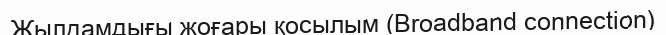
Жылдамдығы жоғары қосылым (Broadband connection)